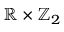
\mathbb { R } \times \mathbb { Z } _ { 2 }